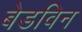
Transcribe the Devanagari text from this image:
बेडविन